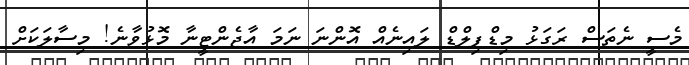
މެސީ ނެތަސް ރަގަޅު މިޑްފިލްޑް ލައިނެއް އޮންނަ ނަމަ އާޖެންޓީނާ މޮޅުވާނެ! މިސާލަކަށް